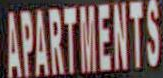
APARTMENTS